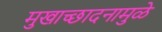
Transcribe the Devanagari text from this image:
मुखाच्छादनामुळे